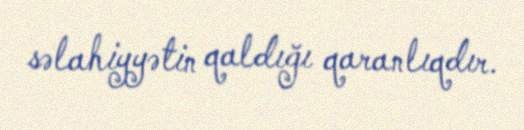
səlahiyyətin qaldığı qaranlıqdır.